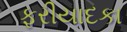
ફરીયાદકા